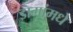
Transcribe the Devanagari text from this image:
डागांमधे